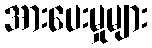
အားပေးမှုများ